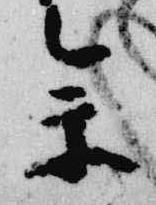
参